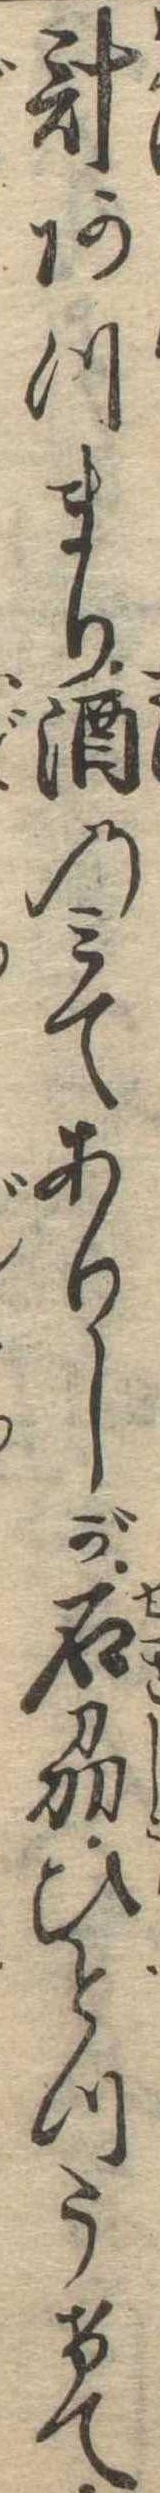
計あつまり酒のみてありしが石刕ひとつうけて